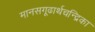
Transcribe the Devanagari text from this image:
मानसगूढार्थचन्द्रिका